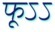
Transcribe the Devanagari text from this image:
फूऽऽ